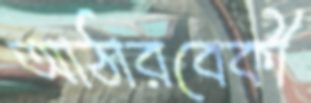
আঠারবেকী